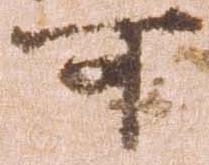
可